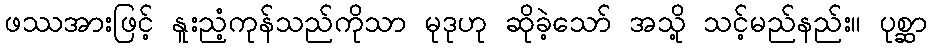
ဖဿအားဖြင့် နူးညံ့ကုန်သည်ကိုသာ မုဒုဟု ဆိုခဲ့သော် အသို့ သင့်မည်နည်း။ ပုစ္ဆာ